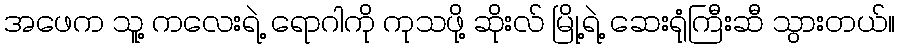
အဖေက သူ့ ကလေးရဲ့ ရောဂါကို ကုသဖို့ ဆိုးလ် မြို့ရဲ့ ဆေးရုံကြီးဆီ သွားတယ်။